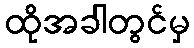
ထိုအခါတွင်မှ